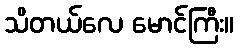
သိတယ်လေ မောင်ကြီး။